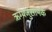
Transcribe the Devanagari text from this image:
ऋग्यजुसामके